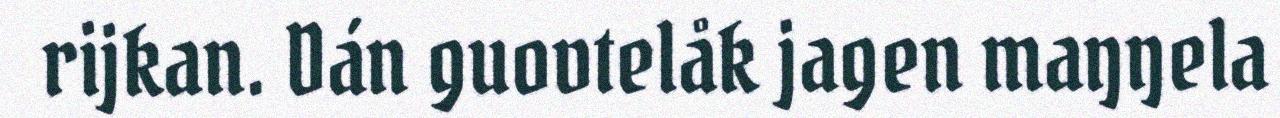
rijkan. Dán guovtelåk jagen maŋŋela